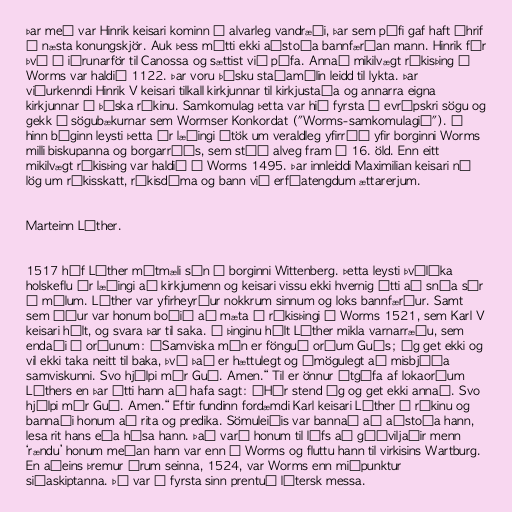
Þar með var Hinrik keisari kominn í alvarleg vandræði, þar sem páfi gaf haft áhrif
á næsta konungskjör. Auk þess mátti ekki aðstoða bannfærðan mann. Hinrik fór
því í iðrunarför til Canossa og sættist við páfa. Annað mikilvægt ríkisþing í
Worms var haldið 1122. Þar voru þýsku staðamálin leidd til lykta. Þar
viðurkenndi Hinrik V keisari tilkall kirkjunnar til kirkjustaða og annarra eigna
kirkjunnar í þýska ríkinu. Samkomulag þetta var hið fyrsta í evrópskri sögu og
gekk í sögubækurnar sem Wormser Konkordat ("Worms-samkomulagið"). Á
hinn bóginn leysti þetta úr læðingi átök um veraldleg yfirráð yfir borginni Worms
milli biskupanna og borgarráðs, sem stóð alveg fram á 16. öld. Enn eitt
mikilvægt ríkisþing var haldið í Worms 1495. Þar innleiddi Maximilian keisari ný
lög um ríkisskatt, ríkisdóma og bann við erfðatengdum ættarerjum.

Marteinn Lúther.

1517 hóf Lúther mótmæli sín í borginni Wittenberg. Þetta leysti þvílíka
holskeflu úr læðingi að kirkjumenn og keisari vissu ekki hvernig átti að snúa sér
í málum. Lúther var yfirheyrður nokkrum sinnum og loks bannfærður. Samt
sem áður var honum boðið að mæta á ríkisþingi í Worms 1521, sem Karl V
keisari hélt, og svara þar til saka. Á þinginu hélt Lúther mikla varnarræðu, sem
endaði á orðunum: „Samviska mín er fönguð orðum Guðs; ég get ekki og
vil ekki taka neitt til baka, því það er hættulegt og ómögulegt að misbjóða
samviskunni. Svo hjálpi mér Guð. Amen.“ Til er önnur útgáfa af lokaorðum
Lúthers en þar átti hann að hafa sagt: „Hér stend ég og get ekki annað. Svo
hjálpi mér Guð. Amen.“ Eftir fundinn fordæmdi Karl keisari Lúther í ríkinu og
bannaði honum að rita og predika. Sömuleiðis var bannað að aðstoða hann,
lesa rit hans eða hýsa hann. Það varð honum til lífs að góðviljaðir menn
‘rændu’ honum meðan hann var enn í Worms og fluttu hann til virkisins Wartburg.
En aðeins þremur árum seinna, 1524, var Worms enn miðpunktur
siðaskiptanna. Þá var í fyrsta sinn prentuð lútersk messa.